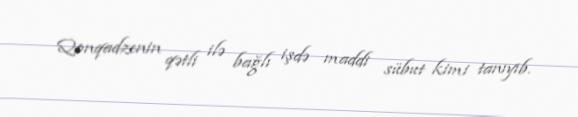
Qonqadzenin qətli ilə bağlı işdə maddi sübut kimi tanıyıb.